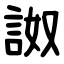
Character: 詉